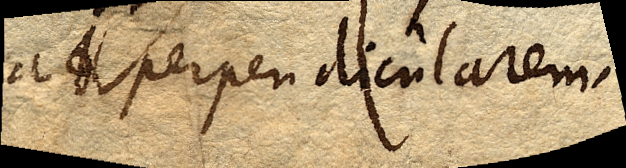
ad perpendicularem.